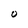
Character: 0